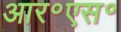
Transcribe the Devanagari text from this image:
आर॰एस॰